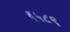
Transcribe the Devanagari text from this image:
६५८९